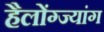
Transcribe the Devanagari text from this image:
हैलोंग्ज्यांग